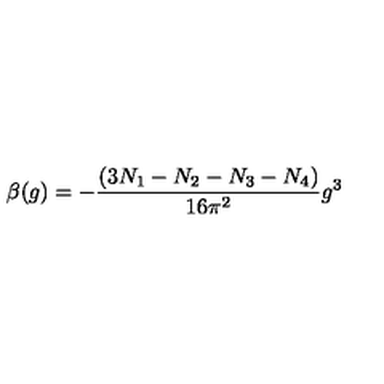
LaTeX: \beta ( g ) = - \frac { ( 3 N _ { 1 } - N _ { 2 } - N _ { 3 } - N _ { 4 } ) } { 1 6 \pi ^ { 2 } } g ^ { 3 }